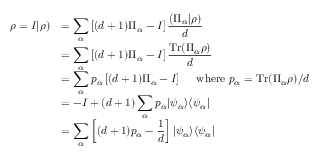
{ \begin{array} { r l } { \rho = I | \rho ) } & { = \displaystyle \sum _ { \alpha } \left[ ( d + 1 ) \Pi _ { \alpha } - I \right] { \frac { ( \Pi _ { \alpha } | \rho ) } { d } } } \\ & { = \displaystyle \sum _ { \alpha } \left[ ( d + 1 ) \Pi _ { \alpha } - I \right] { \frac { \mathrm { T r } ( \Pi _ { \alpha } \rho ) } { d } } } \\ & { = \displaystyle \sum _ { \alpha } p _ { \alpha } \left[ ( d + 1 ) \Pi _ { \alpha } - I \right] \quad { \mathrm { ~ w h e r e ~ } } p _ { \alpha } = \mathrm { T r } ( \Pi _ { \alpha } \rho ) / d } \\ & { = \displaystyle - I + ( d + 1 ) \sum _ { \alpha } p _ { \alpha } | \psi _ { \alpha } \rangle \langle \psi _ { \alpha } | } \\ & { = \displaystyle \sum _ { \alpha } \left[ ( d + 1 ) p _ { \alpha } - { \frac { 1 } { d } } \right] | \psi _ { \alpha } \rangle \langle \psi _ { \alpha } | } \end{array} }